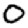
Digit: 0